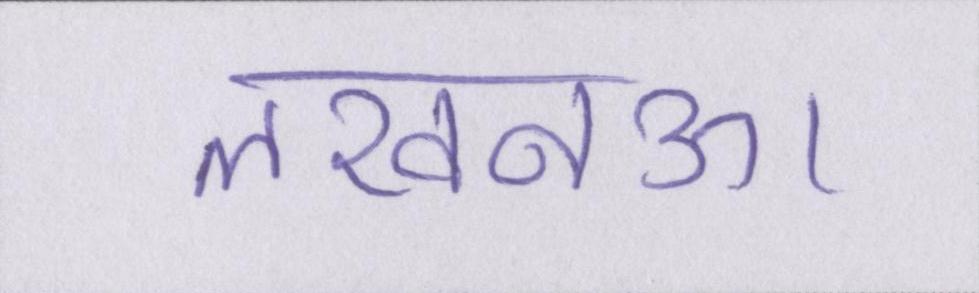
लखनऊ।